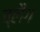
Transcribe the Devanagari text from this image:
ब्लैग